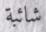
شائبة